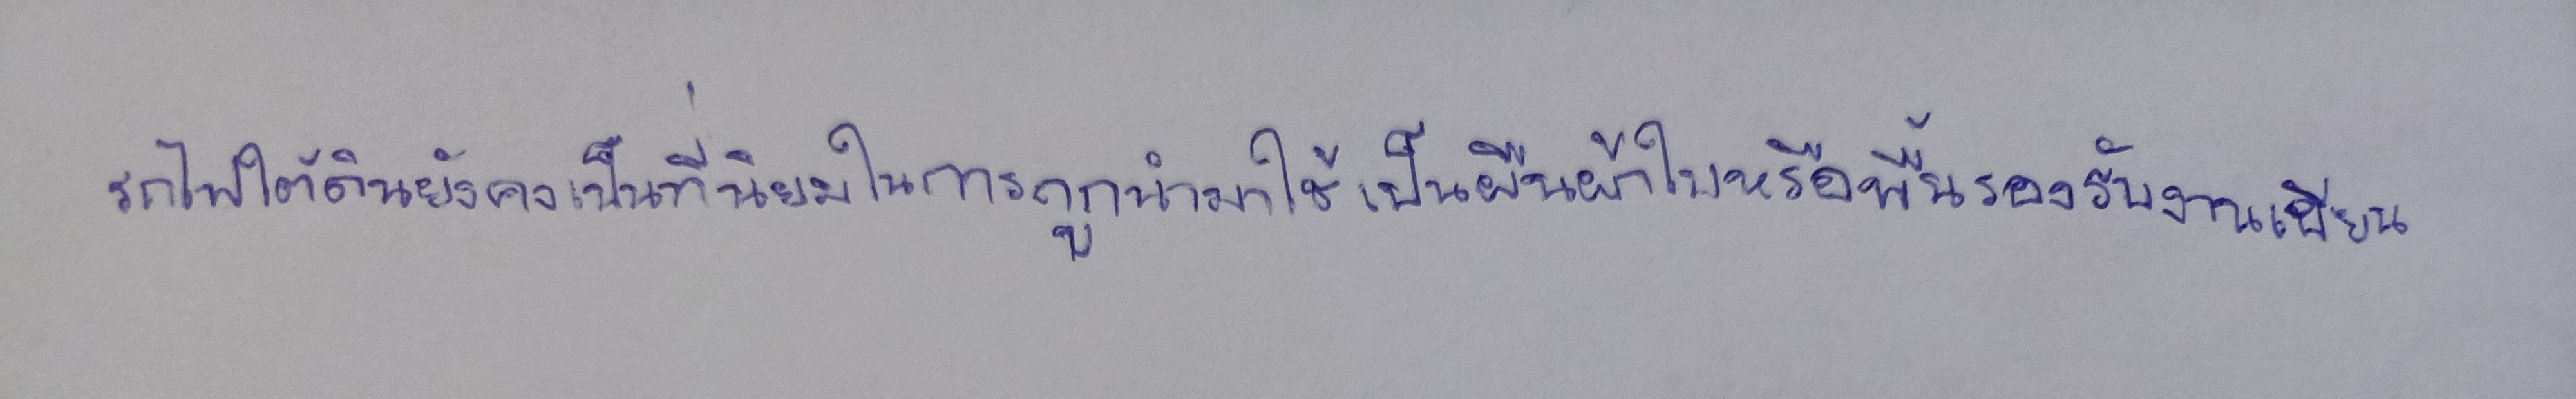
รถไฟใต้ดินยังคงเป็นที่นิยมในการถูกนำมาใช้เป็นผืนผ้าใบหรือพื้นรองรับงานเขียน